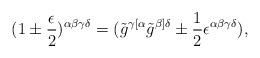
LaTeX: \begin{align*}(1 \pm {\epsilon \over 2})^{\alpha \beta \gamma \delta} = (\tilde g^{\gamma [\alpha} \tilde g^{\beta]\delta} \pm {1\over2}\epsilon^{\alpha \beta \gamma \delta} ),\end{align*}